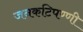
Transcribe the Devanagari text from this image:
जनकटिपण्णी